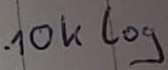
Text: 10K log